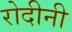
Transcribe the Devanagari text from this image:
रोदीनी